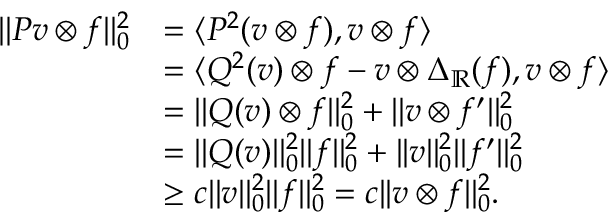
\begin{array} { r l } { | | P v \otimes f | | _ { 0 } ^ { 2 } } & { = \langle P ^ { 2 } ( v \otimes f ) , v \otimes f \rangle } \\ & { = \langle Q ^ { 2 } ( v ) \otimes f - v \otimes \Delta _ { \mathord { \mathbb { R } } } ( f ) , v \otimes f \rangle } \\ & { = | | Q ( v ) \otimes f | | _ { 0 } ^ { 2 } + | | v \otimes f ^ { \prime } | | _ { 0 } ^ { 2 } } \\ & { = | | Q ( v ) | | _ { 0 } ^ { 2 } | | f | | _ { 0 } ^ { 2 } + | | v | | _ { 0 } ^ { 2 } | | f ^ { \prime } | | _ { 0 } ^ { 2 } } \\ & { \geq c | | v | | _ { 0 } ^ { 2 } | | f | | _ { 0 } ^ { 2 } = c | | v \otimes f | | _ { 0 } ^ { 2 } . } \end{array}